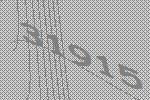
31915